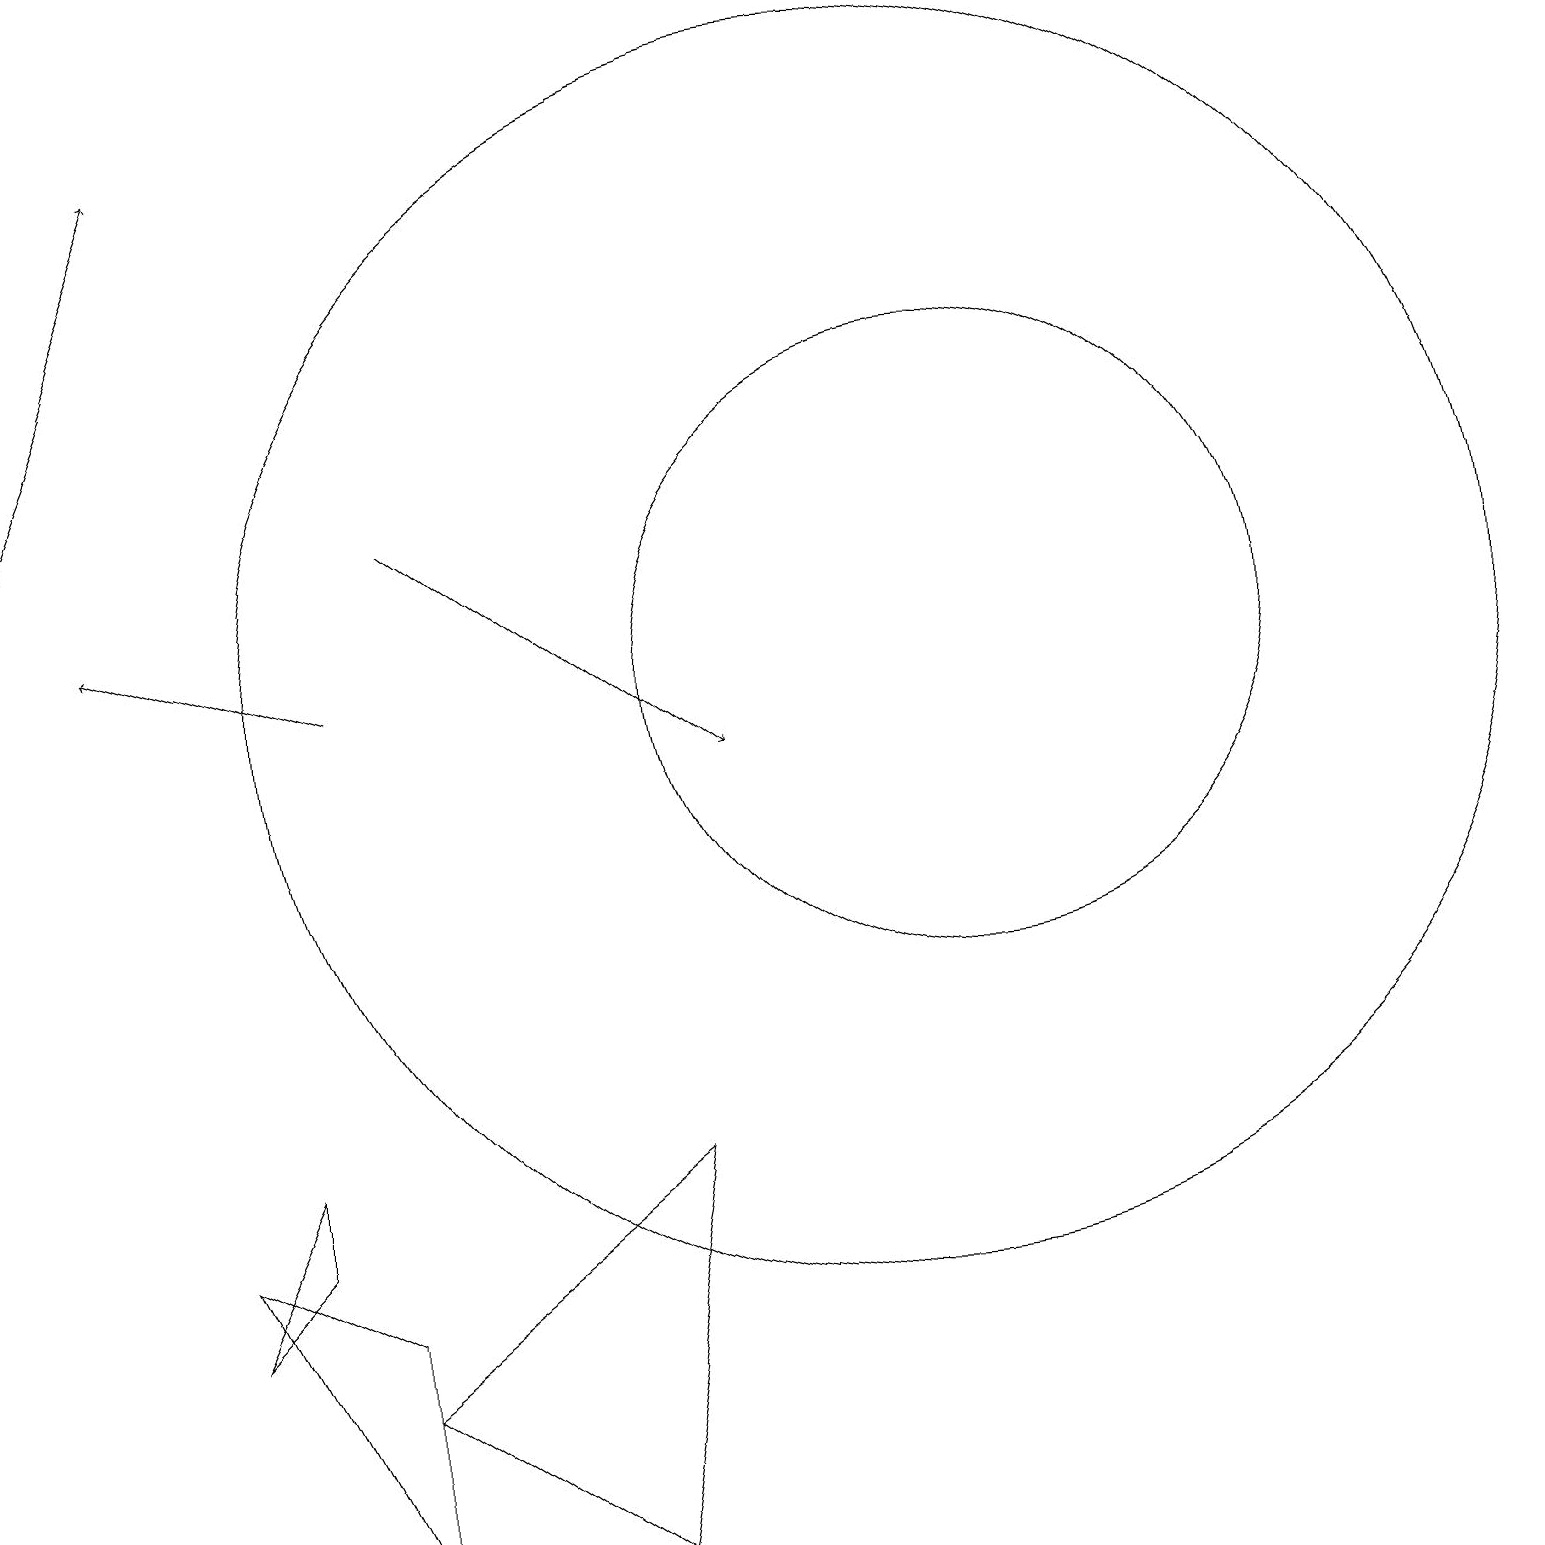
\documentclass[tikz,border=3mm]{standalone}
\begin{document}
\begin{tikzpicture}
\draw (12,11) circle (4);
\draw[->] (4,11) -- (1,12);
\draw[->] (0,13) -- (2,18);
\draw[->] (5,13) -- (9,10);
\draw (4,2) -- (8,5) -- (7,0) -- cycle;
\draw (2,4) -- (4,0) -- (4,3) -- cycle;
\draw (11,11) circle (8);
\draw (3,4) -- (2,3) -- (3,5) -- cycle;
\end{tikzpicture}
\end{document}